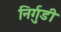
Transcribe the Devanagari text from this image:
निर्गुडी